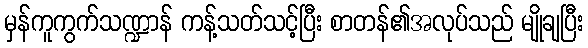
မှန်ကူကွက်သဏ္ဍာန် ကန့်သတ်သင့်ပြီး စာတန်၏အလုပ်သည် မျိုချပြီး